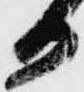
日